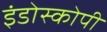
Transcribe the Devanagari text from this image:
इंडोस्कोपी